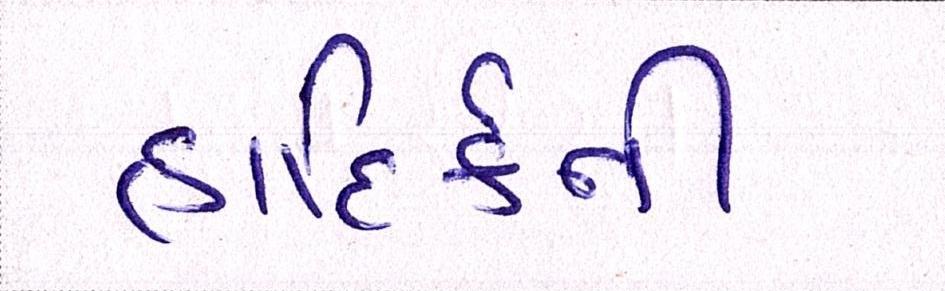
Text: હાદિર્કની